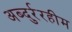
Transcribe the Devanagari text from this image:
अब्दुर्ररहीम